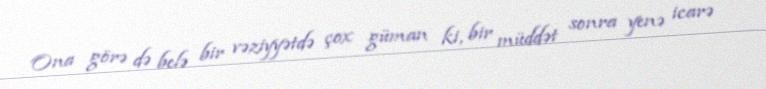
Ona görə də belə bir vəziyyətdə çox güman ki, bir müddət sonra yenə icarə